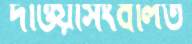
দাওয়াসংবলিত